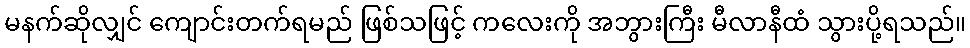
မနက်ဆိုလျှင် ကျောင်းတက်ရမည် ဖြစ်သဖြင့် ကလေးကို အဘွားကြီး မီလာနီထံ သွားပို့ရသည်။